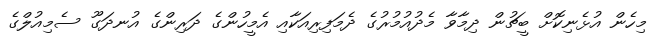
މިހެން އުޅެނިކޮށް ބީޗުން ދިމާވާ މެދުއުމުރުގެ ދެމަފިރިއަކާއި އެމީހުންގެ ދަރިންގެ އުނދަގޫ ސެމިއުލްގެ